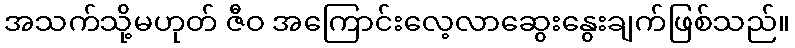
အသက်သို့မဟုတ် ဇီဝ အကြောင်းလေ့လာဆွေးနွေးချက်ဖြစ်သည်။